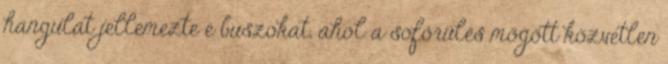
hangulat jellemezte e buszokat, ahol a sofőrülés mögött közvetlen